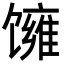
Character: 𬳓